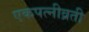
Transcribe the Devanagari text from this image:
एकपत्नीव्रती